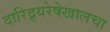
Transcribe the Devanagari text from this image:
दारिद्र्यरेषेखालचा